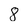
Character: 8